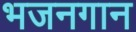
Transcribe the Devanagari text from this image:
भजनगान